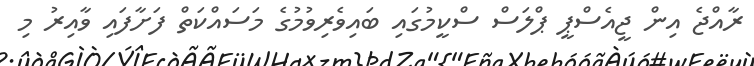
ރާއްޖެ އިން ޖީއެސްޕީ ޕްލަސް ސްކީމުގައި ބައިވެރިވުމުގެ މަސައްކަތް ފަށާފައި ވާއިރު މި